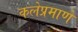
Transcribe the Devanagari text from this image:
कलेप्रमाणे